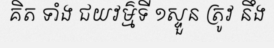
គិត ទាំង ជយវម៌្មទី ១ស្ទួន ត្រូវ នឹង